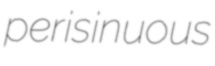
perisinuous